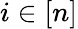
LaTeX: i\in[n]